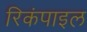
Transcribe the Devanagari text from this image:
रिकंपाइल